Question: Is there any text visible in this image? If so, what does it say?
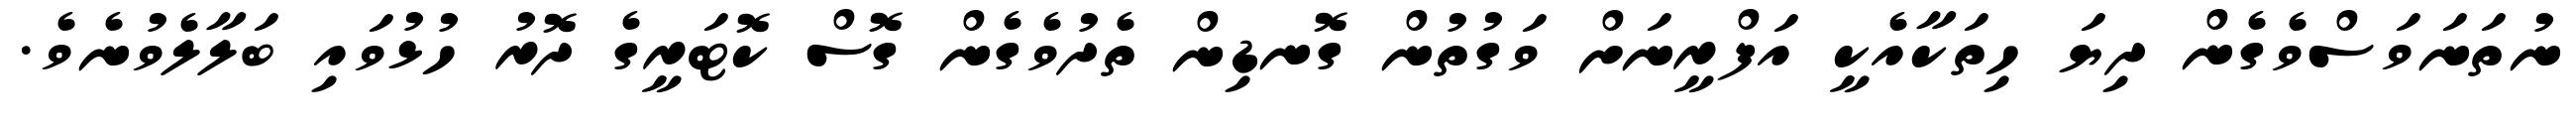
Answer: ނުތަނަވަސްވެގެން ދިޔަ ހިތަކާއެކީ އަފްރީނަށް ވަގުތުން ގޮނޑިން ތެދުވެގެން ގޮސް ކޮޓަރީގެ ދޮރު ހުޅުވައި ބަލާލެވުނެވެ.